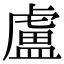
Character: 盧